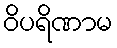
ဝိပရိဏာမ